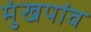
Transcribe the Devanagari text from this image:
मुंखपांव